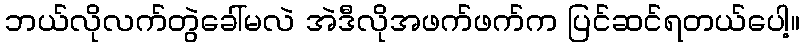
ဘယ်လိုလက်တွဲခေါ်မလဲ အဲဒီလိုအဖက်ဖက်က ပြင်ဆင်ရတယ်ပေါ့။